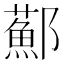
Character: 𨟂